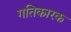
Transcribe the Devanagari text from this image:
गतिकारक